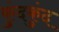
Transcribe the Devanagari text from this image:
कुंदकुंद